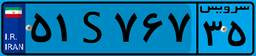
۵۵S۹۱۷۶۶